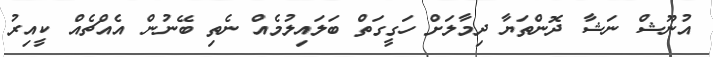
އުނޫޝް ނަޝާ ދޮންތަޔާ ދިމާލަށް ހަގީގަތް ބަލައިލުމެއް ނެތި ބޭނުން އެއްޗެއް ކީއިރު